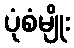
ပုံစံမျိုး